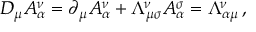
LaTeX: D _ { \mu } A _ { \alpha } ^ { \nu } = \partial _ { \mu } A _ { \alpha } ^ { \nu } + \Lambda _ { \mu \sigma } ^ { \nu } A _ { \alpha } ^ { \sigma } = \Lambda _ { \alpha \mu } ^ { \nu } \, ,